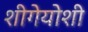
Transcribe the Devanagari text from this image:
शीगेयोशी